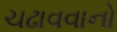
ચઢાવવાનો